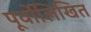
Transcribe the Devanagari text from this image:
पूर्वोलिखित